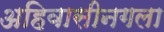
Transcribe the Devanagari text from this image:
अहिवासीनगला